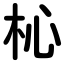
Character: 杺